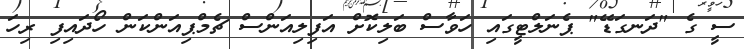
ސީ ގެ "ދަނގަޑޭ" ޕެނަލްޓީގައި ހަވާސް ބަލިކޮށް އަފިލިއަންސް ޗެމްޕިއަންކަން ހޯދައިފި ރިހަ